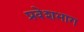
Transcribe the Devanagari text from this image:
प्रवेशभाग